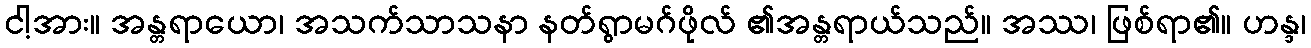
ငါ့အား။ အန္တရာယော၊ အသက်သာသနာ နတ်ရွာမဂ်ဖိုလ် ၏အန္တရာယ်သည်။ အဿ၊ ဖြစ်ရာ၏။ ဟန္ဒ၊